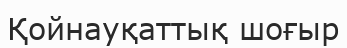
Қойнауқаттық шоғыр